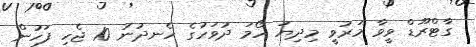
ގާޓްރޫޑް ވީވާ މަރުވީ މިދިޔަ ހޯމަ ދުވަހުގެ ހެނދުނު 10 ޖެހި ފަހުން